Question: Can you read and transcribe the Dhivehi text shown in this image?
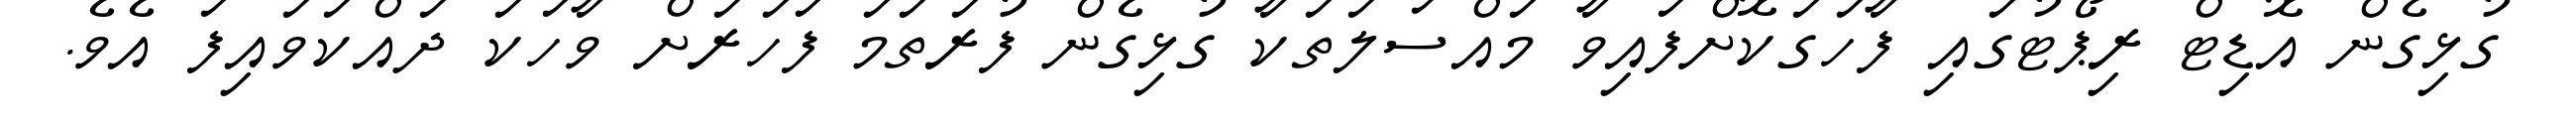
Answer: ގުޅިގެން އޮޑިޓް ރިޕޯޓުގައި ފާހަގަކޮށްފައިވާ މައްސަލަތަކާ ގުޅިގެން ފުރަތަމަ ފަހަރަށް ވާހަކަ ދައްކަވައިފަ އެވެ.